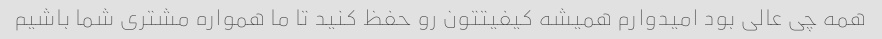
همه چی عالی بود امیدوارم همیشه کیفیتتون رو حفظ کنید تا ما همواره مشتری شما باشیم